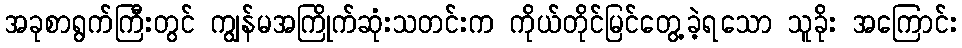
အခုစာရွက်ကြီးတွင် ကျွန်မအကြိုက်ဆုံးသတင်းက ကိုယ်တိုင်မြင်တွေ့ခဲ့ရသော သူခိုး အကြောင်း